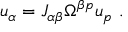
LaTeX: u _ { \alpha } = J _ { \alpha \beta } \Omega ^ { \beta p } u _ { p } \ .